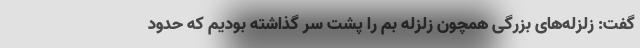
گفت: زلزله‌های بزرگی همچون زلزله بم را پشت سر گذاشته بودیم که حدود